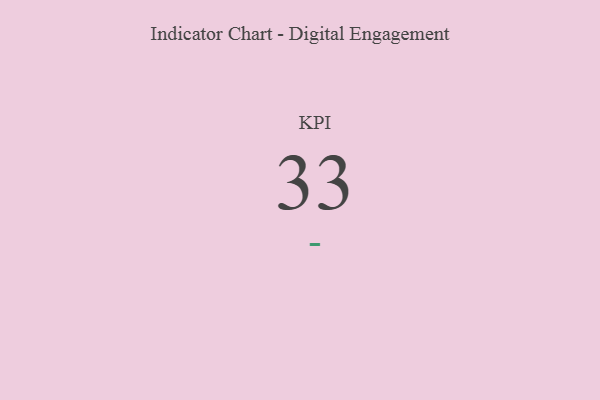
{"axis": {"x": "KPI", "y": "Value"}, "legend": [""], "data": [{"x": "KPI", "y": 33, "type": ""}]}